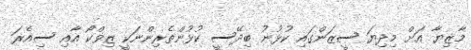
މާޒިޔާ އަށް މިދިޔަ ސީޒަންގައި ކުޅުނު ބިދޭސީ ކުޅުންތެރިންނަކީ ޒިވްކޯ އާއި ސިއެރަ